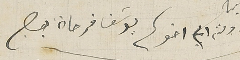
ودمتم الى اخوكم يوسَف فرحاة